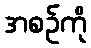
အစဉ်ကို